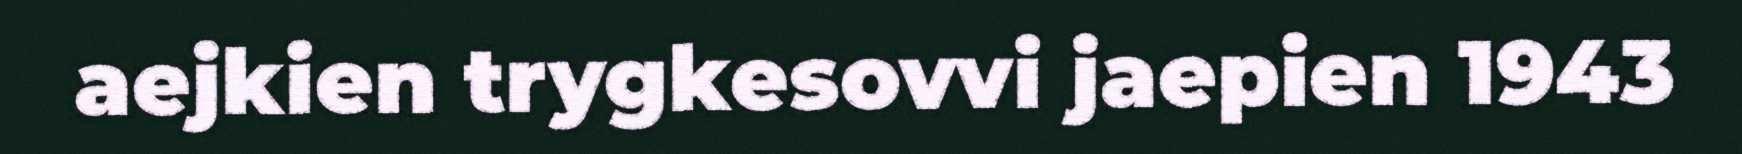
aejkien trygkesovvi jaepien 1943